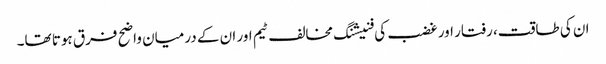
ان کی طاقت، رفتار اور غضب کی فنیشنگ مخالف ٹیم اور ان کے درمیان واضح فرق ہوتا تھا۔